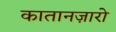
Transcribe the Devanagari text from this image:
कातानज़ारो